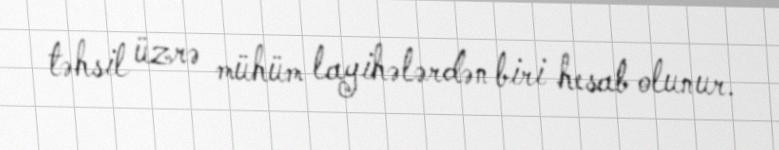
təhsil üzrə mühüm layihələrdən biri hesab olunur.